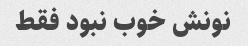
نونش خوب نبود فقط